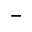
^ -